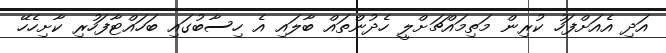
އަދި އެއަށްފަހު ކުރިން މަތިމައްޗަށްލީ ހެދުންތައް ބާލައި އެ ހިސާބުގައި ބަހައްޓާފަހުރި ކާށިހެހޭ